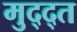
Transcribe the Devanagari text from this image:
मुद्द्त